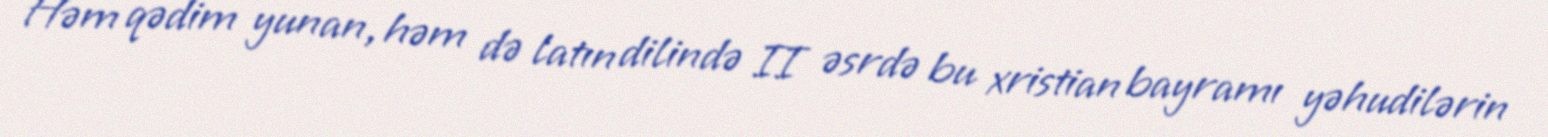
Həm qədim yunan, həm də latın dilində II əsrdə bu xristian bayramı yəhudilərin